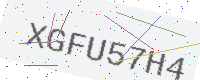
Text: XGFU57H4